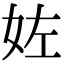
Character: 𡛿